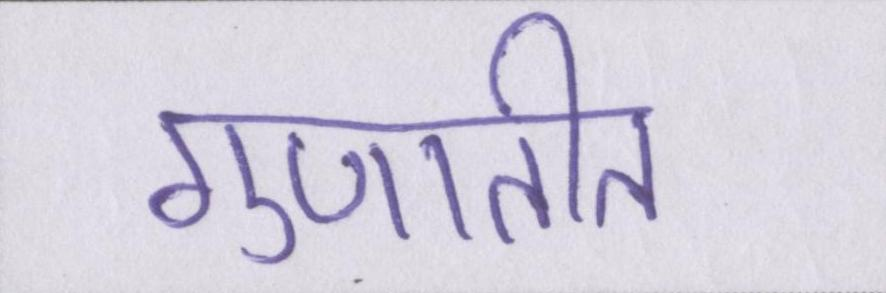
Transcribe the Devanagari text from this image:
गुणातीत